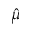
\hat { \mu }